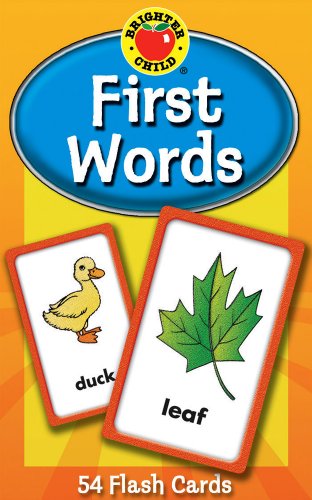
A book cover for First Words Flash Cards (Brighter Child Flash Cards); Children's Books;